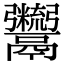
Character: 𩱯